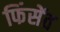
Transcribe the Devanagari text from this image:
फिंसेंत